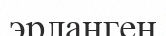
эрланген